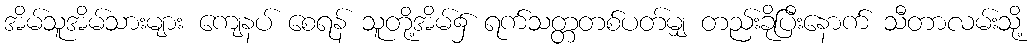
အိမ်သူအိမ်သားများ ကျေနပ် စေရန် သူတို့အိမ်၌ ရက်သတ္တတစ်ပတ်မျှ တည်းခိုပြီးနောက် သီတာလမ်းသို့